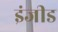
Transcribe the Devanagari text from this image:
इंजीड